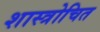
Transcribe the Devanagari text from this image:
शास्त्रोचित